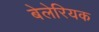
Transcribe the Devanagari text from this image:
बेलेरियक